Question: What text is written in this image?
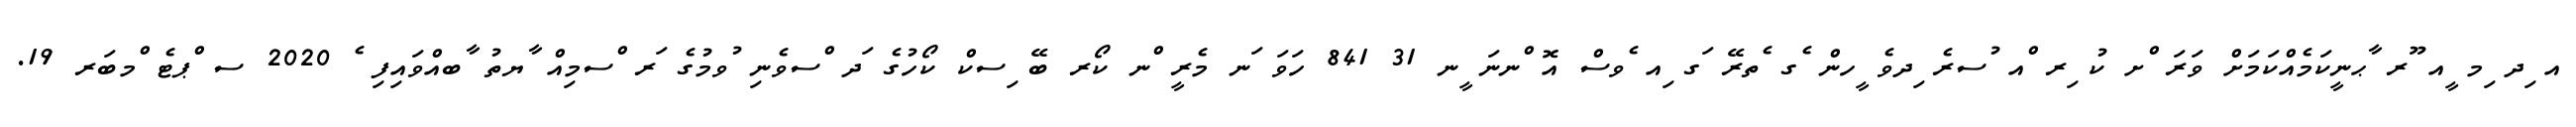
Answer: އ ިދ ިމ ީއ ޫރ ާޙނީކަމެއްކަމަށް ވަރަ ްށ ކު ިރ ްއ ުސރެ ިދވެ ީހން ެގ ެތރޭ ަގ ިއ ެވސް އޮ ްނނަ ީނ 31 841 ހަވަ ަނ މެރީ ްނ ކޯރ ބޭ ިސކް ކޯހުގެ ަދ ްސވެނި ުވމުގެ ަރ ްސމިއް ާޔތު ާބއްވައިފި ެ 2020 ސ ްޕޓެ ްމބަރ 19.